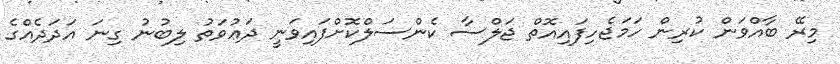
މިރޭ ބާއްވަން ކުރިން ހަމަޖެހިފައިއޮތް ޖަލްސާ ކެންސަލްކޮށްފައިވަނީ ދަޢުވަތު ލިބުނު ގިނަ އަދަދެއްގެ